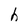
Character: h